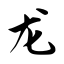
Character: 龙